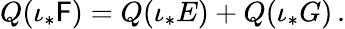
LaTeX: {Q}(\iota_{*}{\mathsf{F}})={Q}(\iota_{*}{E})+{Q}(\iota_{*}{G})\, .